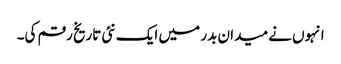
انہوں نے میدان بدر میں ایک نئی تاریخ رقم کی۔